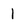
Character: 1